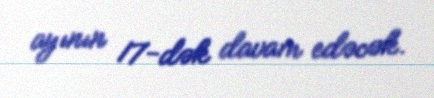
ayının 17-dək davam edəcək.